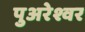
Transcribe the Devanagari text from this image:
पुअरेश्वर